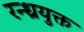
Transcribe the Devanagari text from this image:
रन्ध्रयुक्त